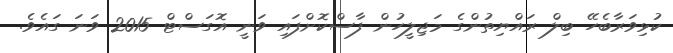
ކުޅިވަރާބެހޭ ބިލް ރައްޔިތުންގެ މަޖިލީހުން ފާސްކޮށްފައި ވަނީ އޮގަސްޓް 2015 ވަނަ ގައެވެ.